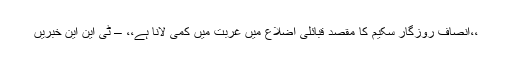
،،انصاف روزگار سکیم کا مقصد قبائلی اضلاع میں غربت میں کمی لانا ہے،، – ٹی این این خبریں